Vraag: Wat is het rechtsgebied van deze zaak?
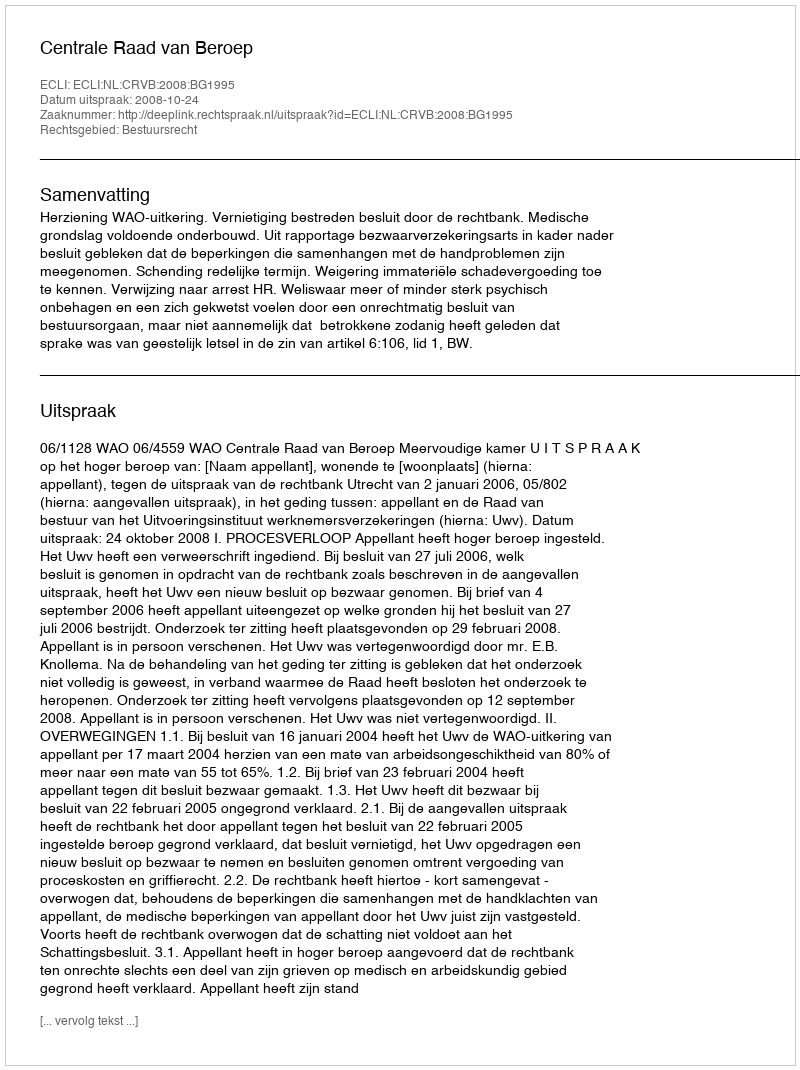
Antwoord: Bestuursrecht